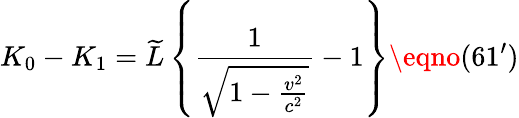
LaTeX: K_{0}-K_{1}=\widetilde L\left\{ \frac{1}{\sqrt{1-\frac{v^{2}}{c^{2}}}}-1\right\} \eqno(61^{\prime})